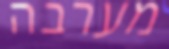
מערבה